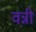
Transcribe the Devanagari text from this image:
वन्नी